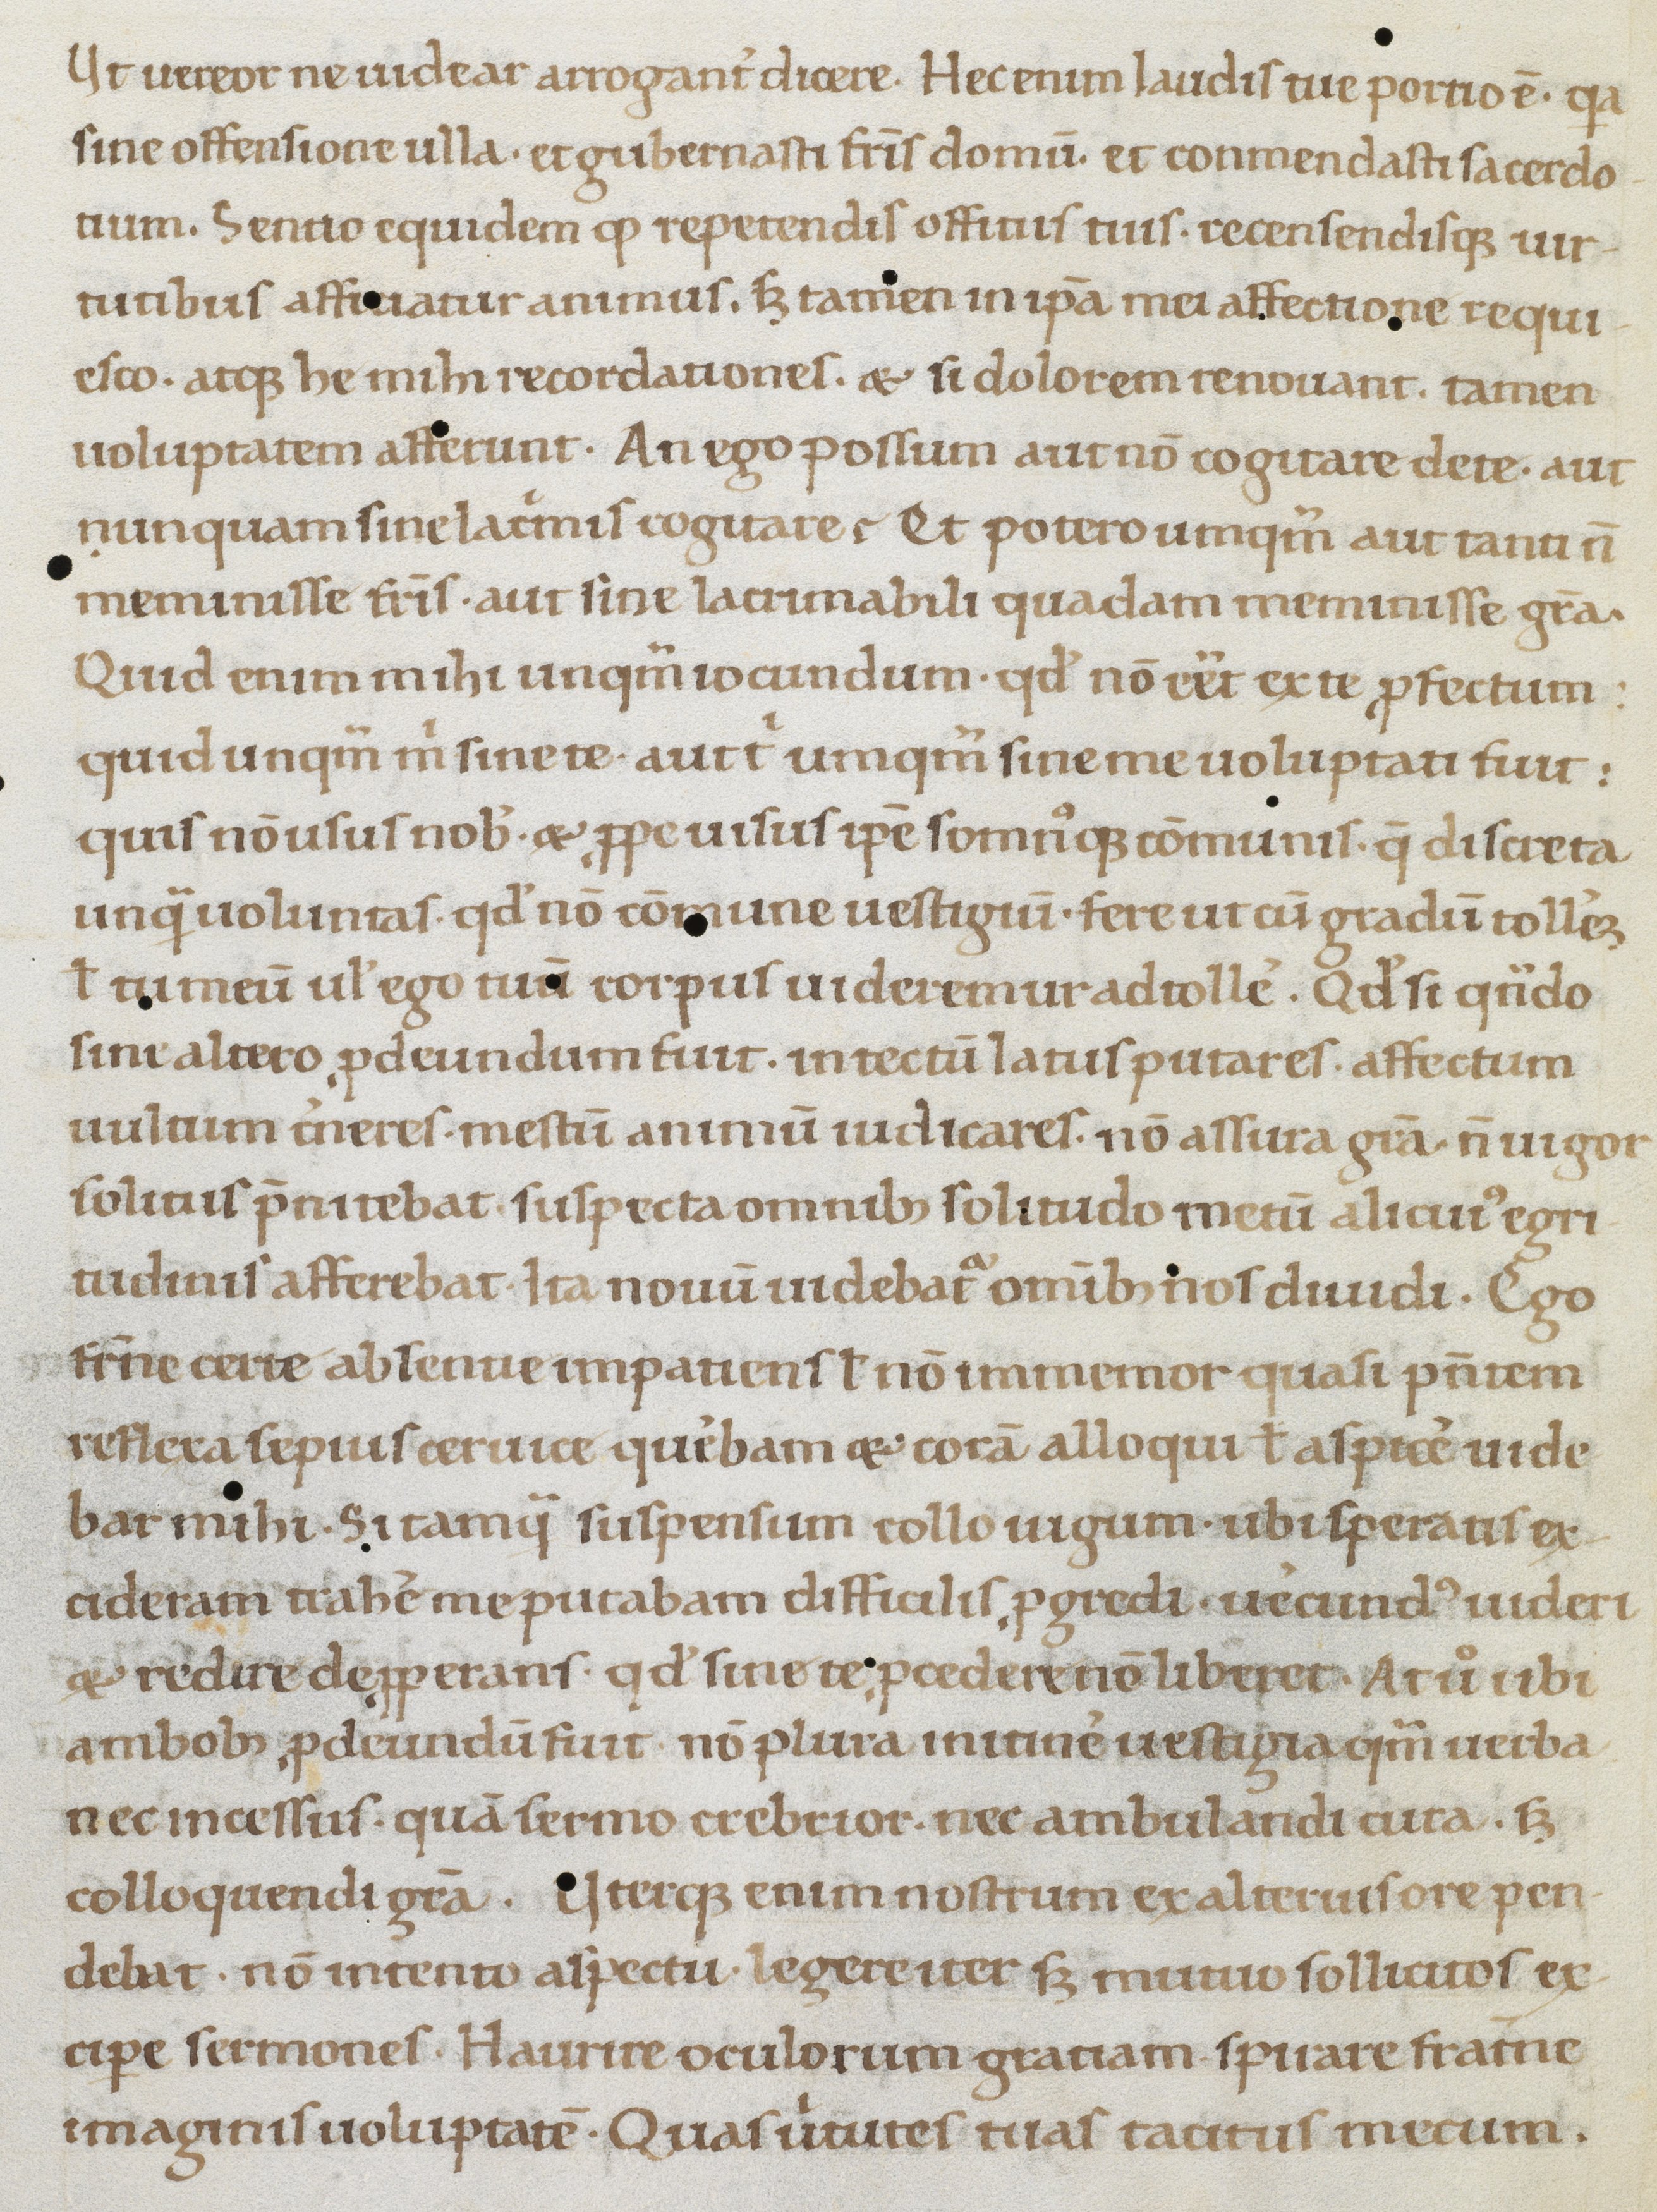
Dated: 1080–1096